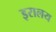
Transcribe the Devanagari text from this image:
इरालय